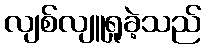
လျစ်လျူရှုခဲ့သည်